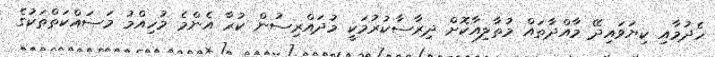
ހެދުމާއި ކިޔަވައިދޭ މާއްދާތައް މުތާލިއާކޮށް ދިރާސާކުރުމަކީ މުދައްރިސުން ކުރާ އެންމެ މުހިއްމު މަސައްކަތްތަކުގެ